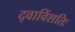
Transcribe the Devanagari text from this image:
द्वाविंशतिः